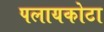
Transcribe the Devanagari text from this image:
पलायकोटा